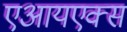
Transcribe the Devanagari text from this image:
एआयएक्स